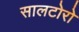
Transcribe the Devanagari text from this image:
सालटोरो